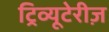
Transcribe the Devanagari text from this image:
ट्रिव्यूटेरीज़